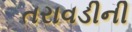
તરાવડીની